Report on vaccination in the Province of Bengal - 1869-1873
Year: 1869
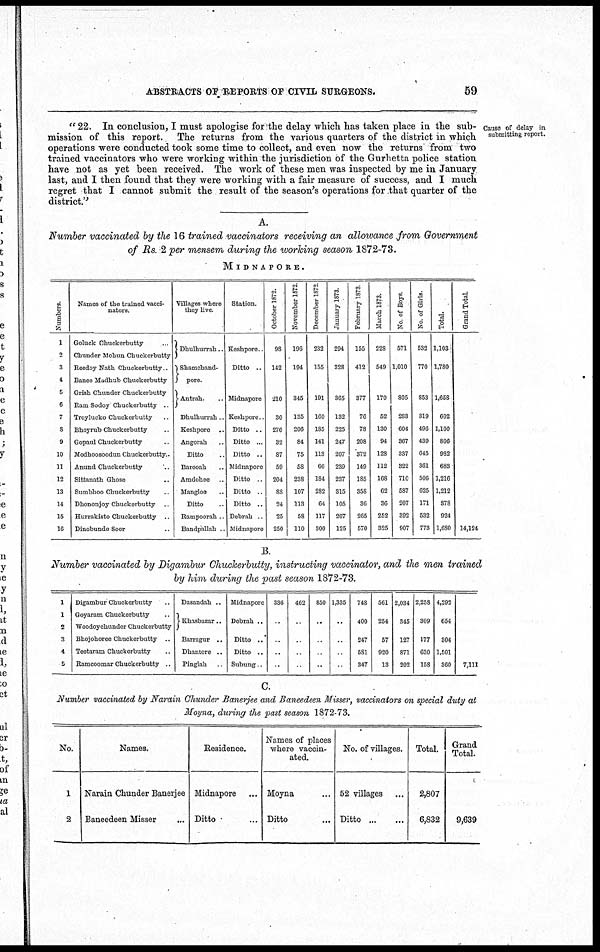
ABSTRACTS OF REPORTS OF CIVIL SURGEONS.
59
Cause of delay in
submitting report.
" 22. In conclusion, I must apologise for the delay which has taken place in the sub-
mission of this report. The returns from the various quarters of the district in which
operations were conducted took some time to collect, and even now the returns from two
trained vaccinators who were working within the jurisdiction of the Gurhetta police station
have not as yet been received. The work of these men was inspected by me in January
last, and I then found that they were working with a fair measure of success, and I much
regret that I cannot submit the result of the season's operations for that quarter of the
district."
A.
Number vaccinated by the 16 trained vaccinators receiving an allowance from Government
of Rs. 2 per mensem during the working season 1872-73.
MIDNAPORE.
Numbers.
1
2
3
4
5
6
7
7
9
10
11
12
13
14
15
16
Names of the trained vacci-
nators.
Goluck Chuckerbutty ...
Chunder Mohun Chuckerbutty
Reedoy Nath Chuckerbutty .
Banee Madhub Chuckerbutty
Grish Chunder Chuckerbutty
Ram Sodoy Chuckerbutty ..
Troylucko Chuckerbutty ..
Bhoyrub Chuckerbutty ..
Gopaul Chuckerbutty ..
Modhoosoodun Chuckerbutty.
Anund Chuckerbutty ..
Sittanath Ghose ..
Sumbhoo Chuckerbutty ..
Dhononjoy Chuckerbutty ..
Hurrakisto Chuckerbutty ..
Dinobundo Soor ..
Villages where
they live.
Dhulhurrah..
Shamchand¬
pore.
Antrah.
Dhulhurrah ..
Keshpore ..
Angorah ..
Ditto ..
Barooah ..
Amdohee ..
Mangloe ..
Ditto ..
Rampoorah .
Bandpallah ..
Station.
Keshpore..
Ditto ..
Midnapore
Keshpore..
Ditto ..
Ditto ...
Ditto ..
Midnapore
Ditto ..
Ditto ..
Ditto ..
Debrah .
Midnapore
October 1872.
98
142
210
30
276
32
87
59
204
88
24
25
250
November 1872
196
194
345
135
206
84
75
58
238
107
113
58
110
December 1872
232
155
191
160
185
141
113
66
184
282
64
117
300
January 1873
294
328
365
132
225
247
207
239
237
315
105
207
125
February 1873.
155
412
377
76
78
208
372
149
185
358
36
265
570
March 1873.
228
549
170
52
130
94
128
112
168
62
36
252
325
No of Boys
571
1,010
805
283
604
367
337
322
710
587
207
392
907
No of Girls.
532
770
853
319
496
439
645
361
506
625
171
532
773
Total.
1,103
1,780
1,658
602
1,100
806
982
683
1,216
1,212
378
924
1,680
Grand Total
14,124
B.
Number vaccinated by Digambur Chuckerbutty, instructing vaccinator, and the men trained
by him during the past season 1872-73.
1
1
2
3
4
5
Digambur Chuckerbutty ..
Goyaram Chuckerbutty ..
Woodoychunder Chuckerbutty
Bhojohoree Chuckerbutty ..
Teetaram Chuckerbutty ..
Ramcoomar Chuckerbutty ..
Dasandah ..
Khasbazar..
Barragur ..
Dhantore ..
Pinglah ..
Midnapore
Debrah ..
..
Ditto ..
Subung..
336
..
..
..
..
462
..
..
..
..
850
..
..
..
..
1,335
..
..
..
..
748
400
247
581
347
561
254
57
920
13
2,034
345
127
871
202
2,258
309
177
630
158
4,292
654
304
1,501
360
7,111
C.
Number vaccinated by Narain Chunder Banerjee and Baneedeen Misser, vaccinators on special duty at
Moyna, during the past season 1872-73.
No.
1
2
Names.
Narain Chunder Banerjee
Baneedeen Misser ...
Residence.
Midnapore ...
Ditto ...
Names of places
where vaccin-
ated.
Moyna ...
Ditto ...
No. of villages.
52 villages ...
Ditto ... ...
Total.
2,807
6,832
Grand
Total.
9,639